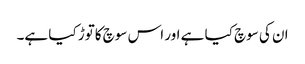
ان کی سوچ کیا ہے اور اس سوچ کاتوڑ کیا ہے۔